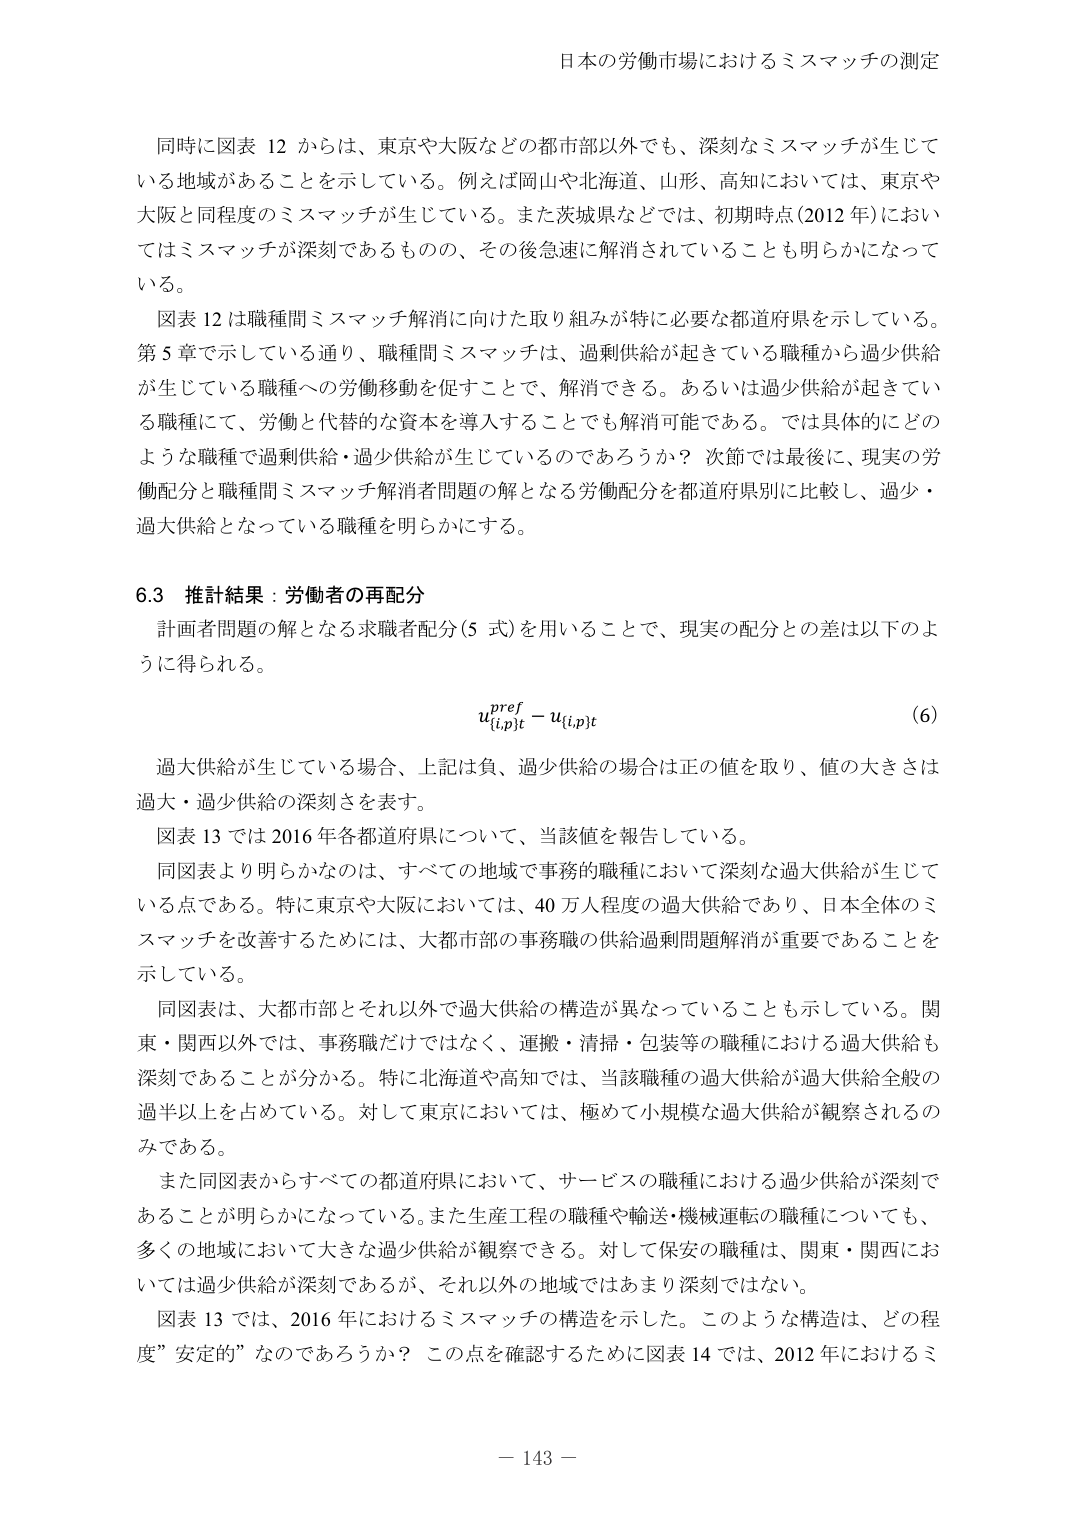
日本の労働市場におけるミスマッチの測定

同時に図表 12 からは、東京や大阪などの都市部以外でも、深刻なミスマッチが生じている地域があることを示している。例えば岡山や北海道、山形、高知においては、東京や大阪と同程度のミスマッチが生じている。また茨城県などでは、初期時点（2012 年）においてはミスマッチが深刻であるものの、その後急速に解消されていることも明らかになっている。

図表 12 は職種間ミスマッチ解消に向けた取り組みが特に必要な都道府県を示している。第 5 章で示している通り、職種間ミスマッチは、過剰供給が起きている職種から過少供給が生じている職種への労働移動を促すことで、解消できる。あるいは過少供給が起きている職種にて、労働と代替的な資本を導入することでも解消可能である。では具体的にどのような職種で過剰供給・過少供給が生じているのであろうか？ 次節では最後に、現実の労働配分と職種間ミスマッチ解消者問題の解となる労働配分を都道府県別に比較し、過少・過大供給となっている職種を明らかにする。

6.3 推計結果：労働者の再配分

計画者問題の解となる求職者配分（5 式）を用いることで、現実の配分との差は以下のように得られる。

u_{(i,p)t}^{pref} - u_{(i,p)t}  (6)

過大供給が生じている場合、上記は負、過少供給の場合は正の値を取り、値の大きさは過大・過少供給の深刻さを表す。

図表 13 では 2016 年各都道府県について、当該値を報告している。

同図表より明らかなのは、すべての地域で事務的職種において深刻な過大供給が生じている点である。特に東京や大阪においては、40 万人程度の過大供給であり、日本全体のミスマッチを改善するためには、大都市部の事務職の供給過剰問題解消が重要であることを示している。

同図表は、大都市部とそれ以外で過大供給の構造が異なっていることも示している。関東・関西以外では、事務職だけではなく、運搬・清掃・包装等の職種における過大供給も深刻であることが分かる。特に北海道や高知では、当該職種の過大供給が過大供給全般の過半以上を占めている。対して東京においては、極めて小規模な過大供給が観察されるのみである。

また同図表からすべての都道府県において、サービスの職種における過少供給が深刻であることが明らかになっている。また生産工程の職種や輸送・機械運転の職種についても、多くの地域において大きな過少供給が観察できる。対して保安の職種は、関東・関西においては過少供給が深刻であるが、それ以外の地域ではあまり深刻ではない。

図表 13 では、2016 年におけるミスマッチの構造を示した。このような構造は、どの程度”安定的”なのであろうか？ この点を確認するために図表 14 では、2012 年におけるミ

－ 143 －